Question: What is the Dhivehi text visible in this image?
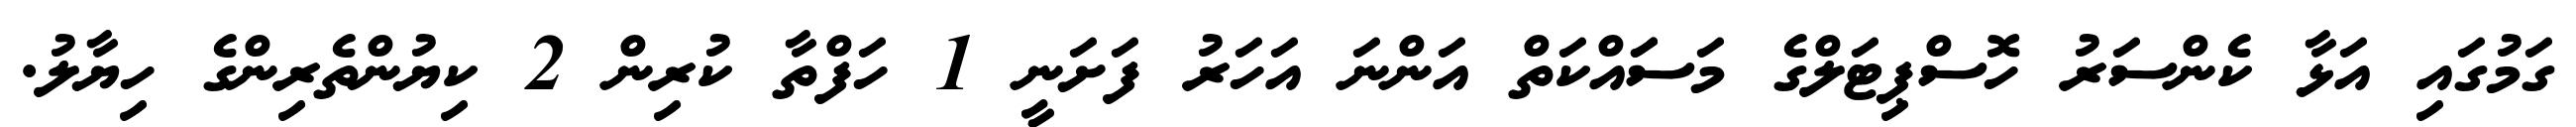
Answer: ގަމުގައި އަޅާ ކެންސަރު ހޮސްޕިޓަލްގެ މަސަައްކަތް އަންނަ އަހަރު ފަށަނީ 1 ހަފްތާ ކުރިން 2 ކިޔުންތެރިންގެ ހިޔާލު.